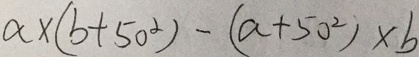
a \times ( b + 5 0 ^ { 2 } ) - ( a + 5 0 ^ { 2 } ) \times b